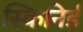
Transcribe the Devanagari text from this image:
स्किनिर्ड